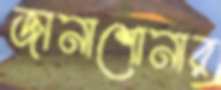
জানাশোনার